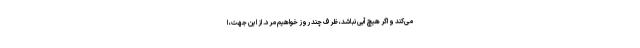
می‌کند و اگر هیچ آبی نباشد، ظرف چند روز خواهیم مرد. از این جهت، ا